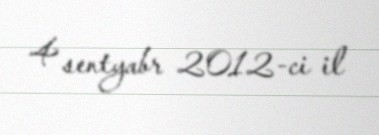
4 sentyabr 2012-ci il